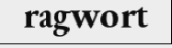
ragwort